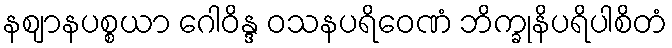
နဈာနပစ္စယာ ဂေါဝိန္ဒ ဝသနပရိဝေဏံ ဘိက္ခုနိပရိပါစိတံ